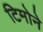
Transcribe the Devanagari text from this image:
टिमोने